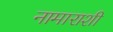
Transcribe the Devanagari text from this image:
नामाराशी